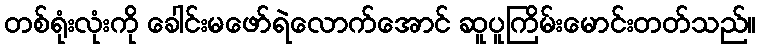
တစ်ရုံးလုံးကို ခေါင်းမဖော်ရဲလောက်အောင် ဆူပူကြိမ်းမောင်းတတ်သည်။